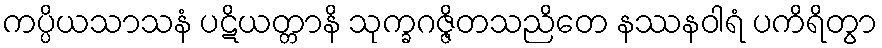
ကပ္ပိယသာသနံ ပဋိယတ္တာနိ သုက္ခဂဇ္ဇိတသညိတေ နဿနဝါရံ ပကိရိတွာ